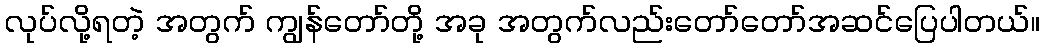
လုပ်လို့ရတဲ့ အတွက် ကျွန်တော်တို့ အခု အတွက်လည်းတော်တော်အဆင်ပြေပါတယ်။